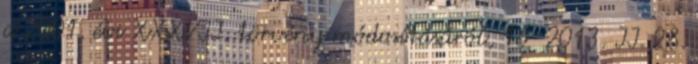
a 2001. évi XXXVII. törvény módosításáról, 16 2013. II. 28.